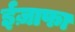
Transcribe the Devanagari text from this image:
ईज़ाफा